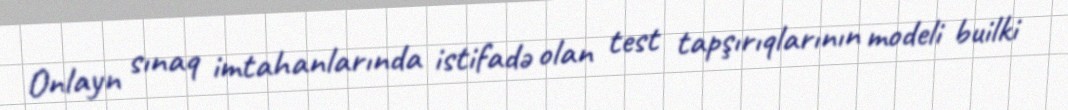
Onlayn sınaq imtahanlarında istifadə olan test tapşırıqlarının modeli builki